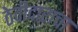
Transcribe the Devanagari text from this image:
ठेवीदाराचा